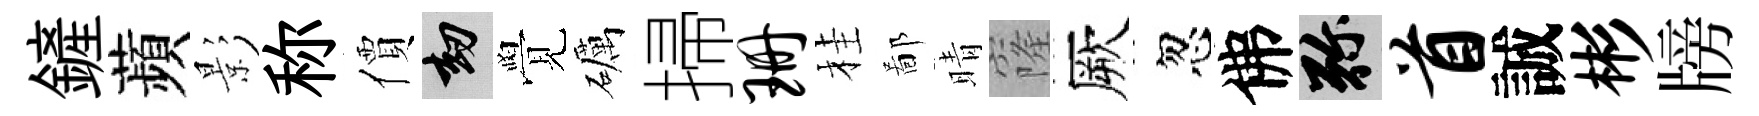
鏟蘋影称價劫覺礪掃珊桂鄙晴窿厥忽佛弥首誠彬牓